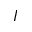
I